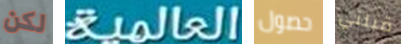
لكن العالمية حصول قبلني